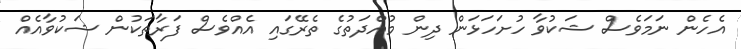
އެހެން ނަމަވެސް ޝަކުވާ ހުށަހަޅަން ދިން މުއްދަތުގެ ތެރޭގައި އެއްވެސް ފަރާތަކުން ޝަކުވާއެއް